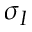
\sigma _ { I }